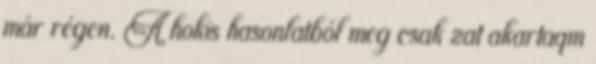
már régen. A hokis hasonlatból meg csak zat akartaqm